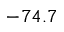
- 7 4 . 7